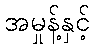
အမှုန့်နှင့်